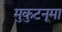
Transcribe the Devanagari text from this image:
मुकुटनूमा